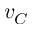
v _ { C }